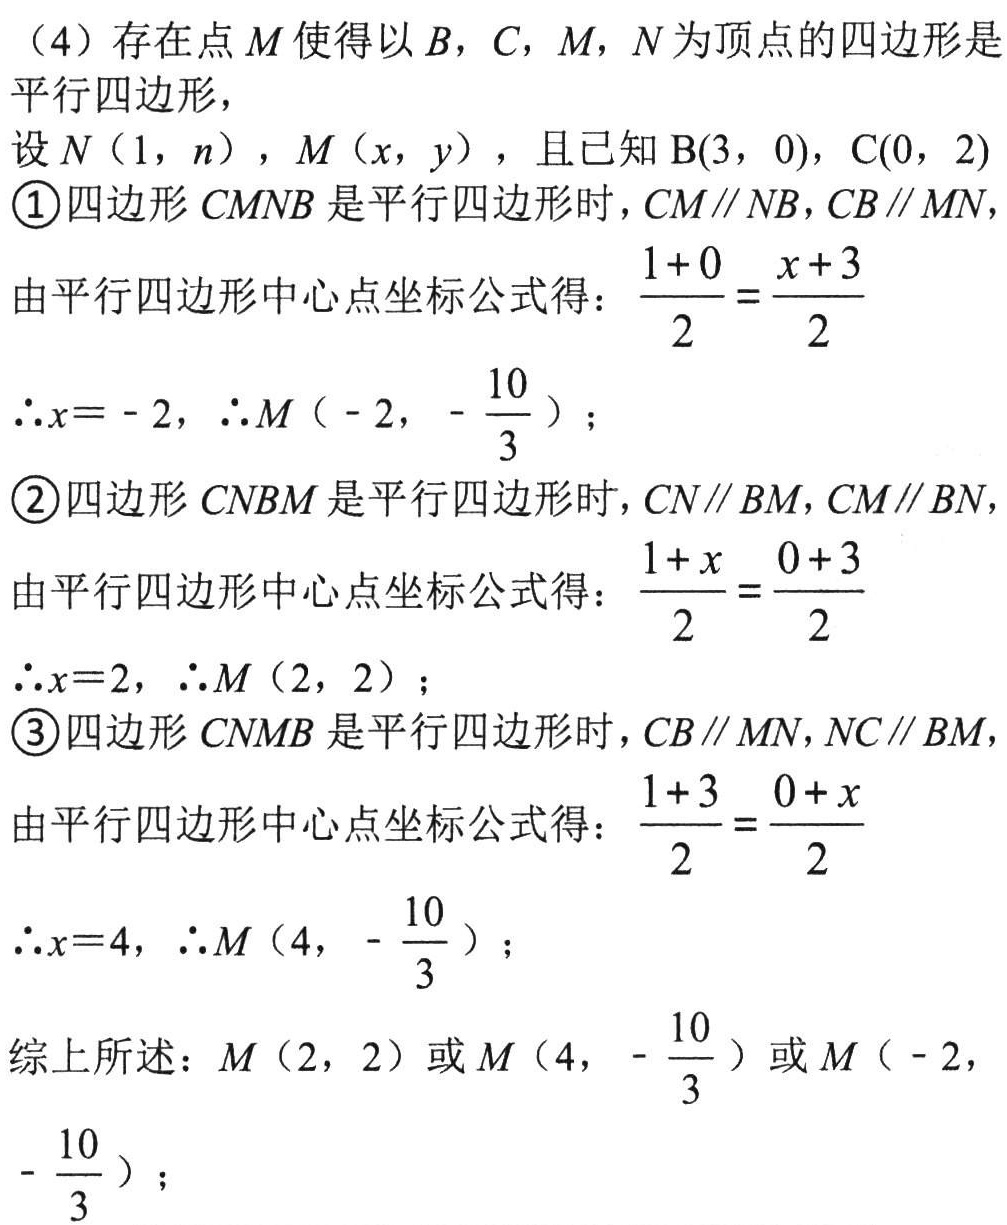
（4）存在点\(M\)使得以\(B\)，\(C\)，\(M\)，\(N\)为顶点的四边形是
平行四边形，
设\(N(1,n)\)，\(M(x,y)\)，且已知\(B(3,0)\)，\(C(0,2)\)
\textcircled{1}四边形\(CMNB\)是平行四边形时，\(CM\parallel NB\)，\(CB\parallel MN\)
由平行四边形中心点坐标公式得：\(\frac{1 + 0}{2}=\frac{x + 3}{2}\)
\(\therefore x = - 2\)，\(\therefore M(-2,-\frac{10}{3})\)；
\textcircled{2}四边形\(CNBM\)是平行四边形时，\(CN\parallel BM\)，\(CM\parallel BN\)，
由平行四边形中心点坐标公式得：\(\frac{1 + x}{2}=\frac{0 + 3}{2}\)
\(\therefore x = 2\)，\(\therefore M(2,2)\)；
\textcircled{3}四边形\(CNMB\)是平行四边形时，\(CB\parallel MN\)，\(NC\parallel BM\)，
由平行四边形中心点坐标公式得：\(\frac{1 + 3}{2}=\frac{0 + x}{2}\)
\(\therefore x = 4\)，\(\therefore M(4,-\frac{10}{3})\)；
综上所述：\(M(2,2)\)或\(M(4,-\frac{10}{3})\)或\(M(-2,-\frac{10}{3})\)；